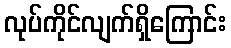
လုပ်ကိုင်လျက်ရှိကြောင်း